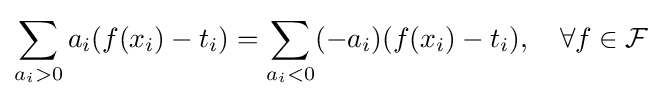
\sum _{a_{i}>0}a_{i}(f(x_{i})-t_{i})=\sum _{a_{i}<0}(-a_{i})(f(x_{i})-t_{i}),\quad \forall f\in {\mathcal {F}}